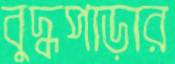
বুদ্ধপাড়ার